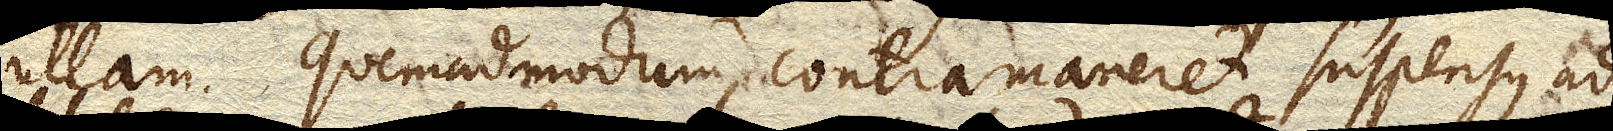
ullam. Quemadmodum contra maneret suspensus ad